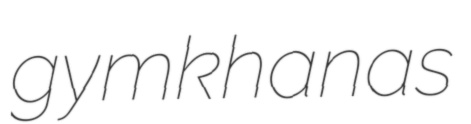
gymkhanas